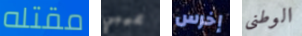
مقتله عيبي إخرس الوطنى